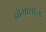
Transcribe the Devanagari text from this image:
झोग्राशाला